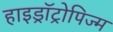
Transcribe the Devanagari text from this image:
हाइड्रॉट्रोपिज्म